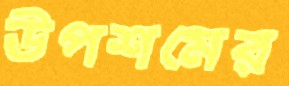
উপশমের